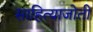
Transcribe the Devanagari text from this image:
साहित्याजोती